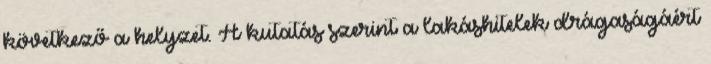
következő a helyzet. A kutatás szerint a lakáshitelek drágaságáért